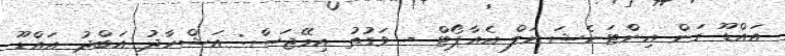
އައްޑޫ ގަން އިންޓަނެޝަނަލް އެއާޕޯޓް - ވަގުތު އިމޭޖަސް: އަޝްހާދު އަބްދު އައްޑޫ